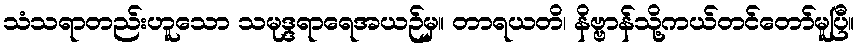
သံသရာတည်းဟူသော သမုဒ္ဒရာရေအယဉ်မှ။ တာရယတိ၊ နိဗ္ဗာန်သို့ကယ်တင်တော်မူပြီ။